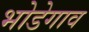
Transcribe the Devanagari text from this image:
भोडेगाव